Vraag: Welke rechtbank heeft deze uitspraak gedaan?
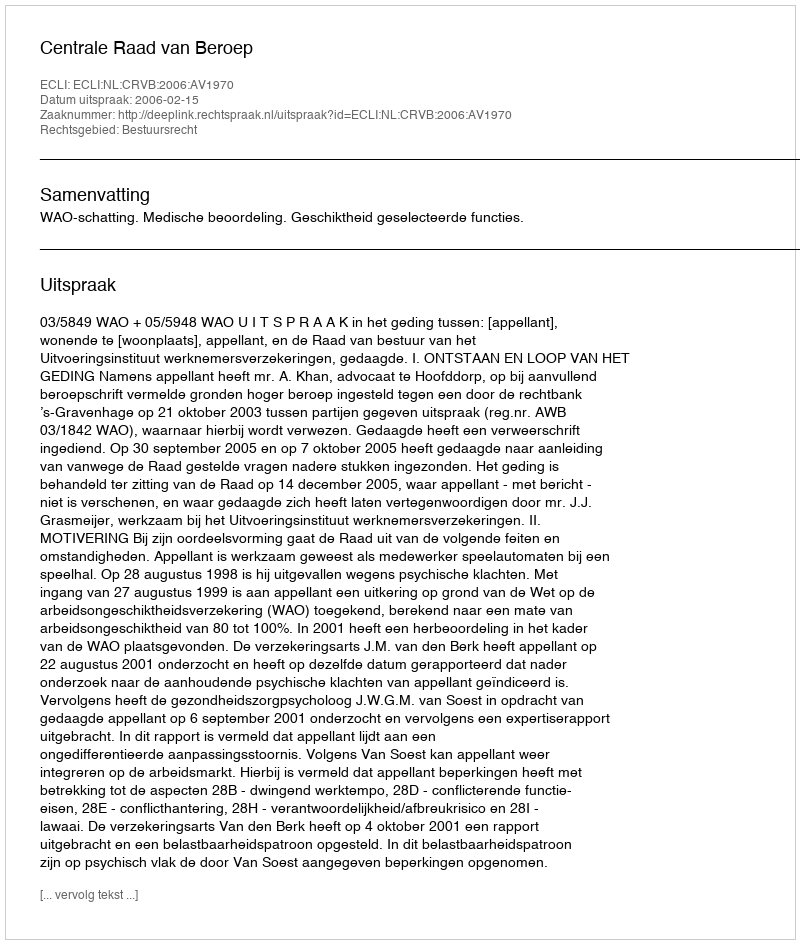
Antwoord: Centrale Raad van Beroep